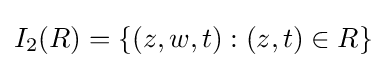
I_{2}(R)=\{(z,w,t):(z,t)\in R\}